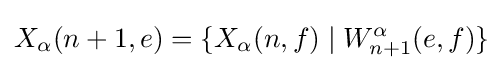
X_{\alpha }(n+1,e)=\{X_{\alpha }(n,f)\mid W_{n+1}^{\alpha }(e,f)\}